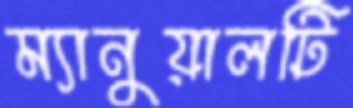
ম্যানুয়ালটি